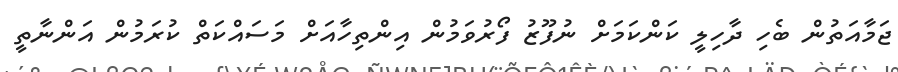
ޖަމާއަތުން ބެހި ދާހިލީ ކަންކަމަށް ނުފޫޒު ފޯރުވަމުން އިންތިހާއަށް މަސައްކަތް ކުރަމުން އަންނާތީ